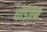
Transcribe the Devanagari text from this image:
घोडेतळ